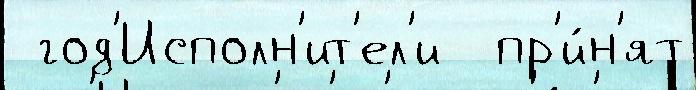
 год'Исполн'ит'ел'и  пр'и́н'ят